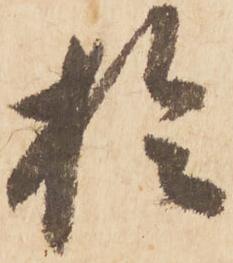
於